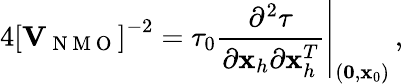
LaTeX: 4\left[{\mathbf V}_{\mathrm{~N~M~O~}}\right]^{-2}=\tau_{0}\left.\frac{\partial^{2}\tau}{\partial{\mathbf x}_{h}\partial{\mathbf x}_{h}^{T}}\right|_{({\mathbf 0},{\mathbf x}_{0})}\, ,